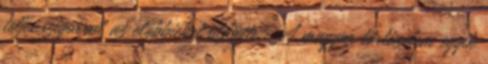
teljes szigorral az előbbieket üldözte. A magyar történelem egyik